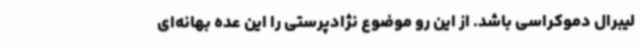
لیبرال دموکراسی باشد. از این رو موضوع نژادپرستی را این عده بهانه‌ای